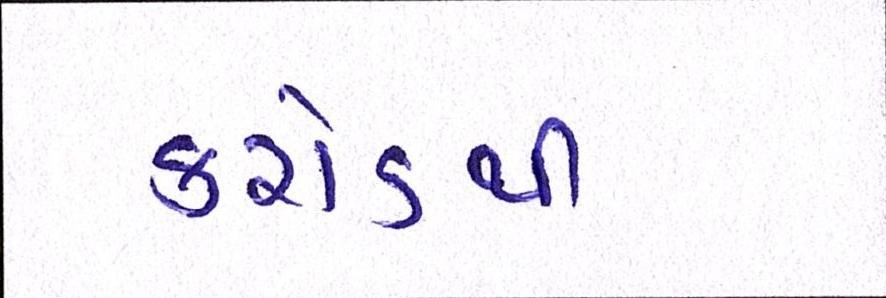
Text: કરોડથી